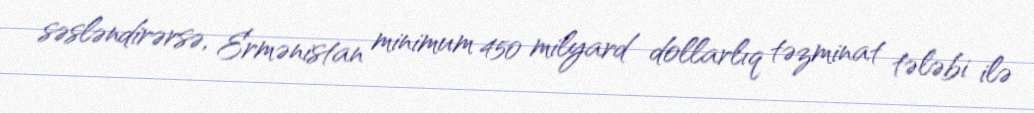
səsləndirərsə, Ermənistan minimum 450 milyard dollarlıq təzminat tələbi ilə